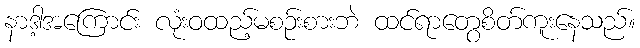
နာဒါ့အကြောင်း လုံးဝထည့်မစဉ်းစားဘဲ ထင်ရာတွေစိတ်ကူးနေသည်။